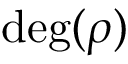
\deg ( \rho )